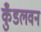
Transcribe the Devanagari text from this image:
कुँडलवन